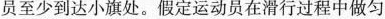
员至少到达小旗处。假定运动员在滑行过程中做匀